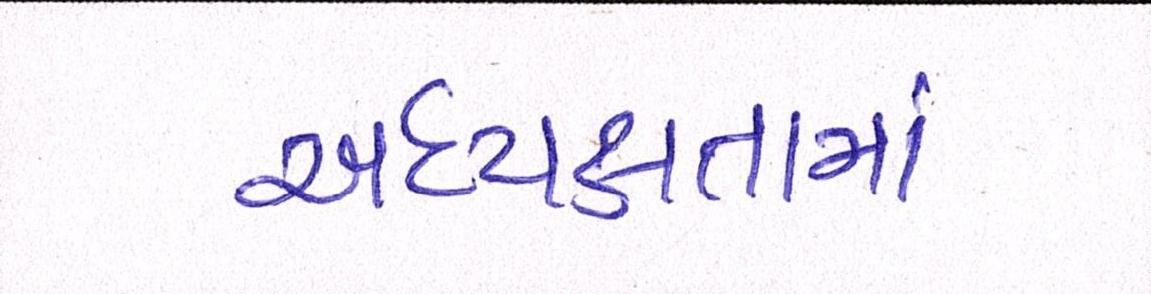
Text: અધ્યક્ષતામાં